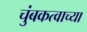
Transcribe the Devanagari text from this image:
चुंबकत्वाच्या